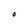
Character: O